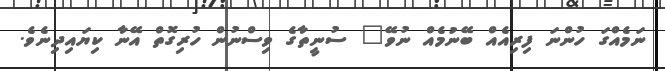
ނަމެއްގަ ހުންނަ ފިރިއެއް ބޭނުމެއް ނުވޭ" ސުނީތާގެ ވިސްނުން ހުރިގޮތް އޭނާ ކިޔައިދިނެވެ.